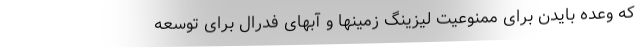
که وعده بایدن برای ممنوعیت لیزینگ زمینها و آبهای فدرال برای توسعه